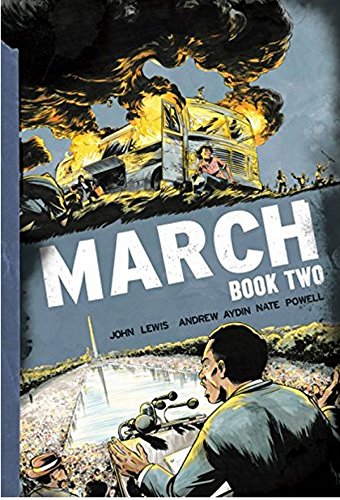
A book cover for March: Book Two; John Lewis; Comics & Graphic Novels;